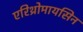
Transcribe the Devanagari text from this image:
एरिथ्रोमायसिन